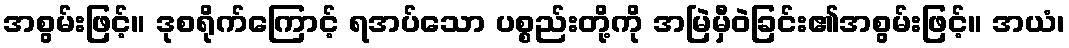
အစွမ်းဖြင့်။ ဒုစရိုက်ကြောင့် ရအပ်သော ပစ္စည်းတို့ကို အမြဲမှီဝဲခြင်း၏အစွမ်းဖြင့်။ အယံ၊